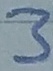
Text: 3